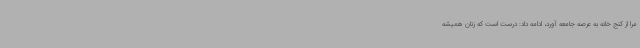
مرا از کنج خانه به عرصه جامعه آورد، ادامه داد: درست است که زنان همیشه